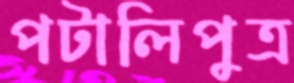
পটালিপুত্র